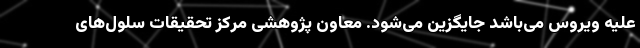
علیه ویروس می‌­باشد جایگزین می‌شود. معاون پژوهشی مرکز تحقیقات سلول‌های